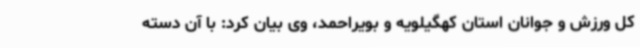
کل ورزش و جوانان استان کهگیلویه و بویراحمد، وی بیان کرد: با آن دسته